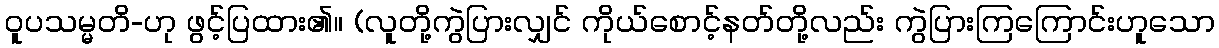
ဝူပသမ္မတိ-ဟု ဖွင့်ပြထား၏။ (လူတို့ကွဲပြားလျှင် ကိုယ်စောင့်နတ်တို့လည်း ကွဲပြားကြကြောင်းဟူသော